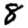
Digit: 8